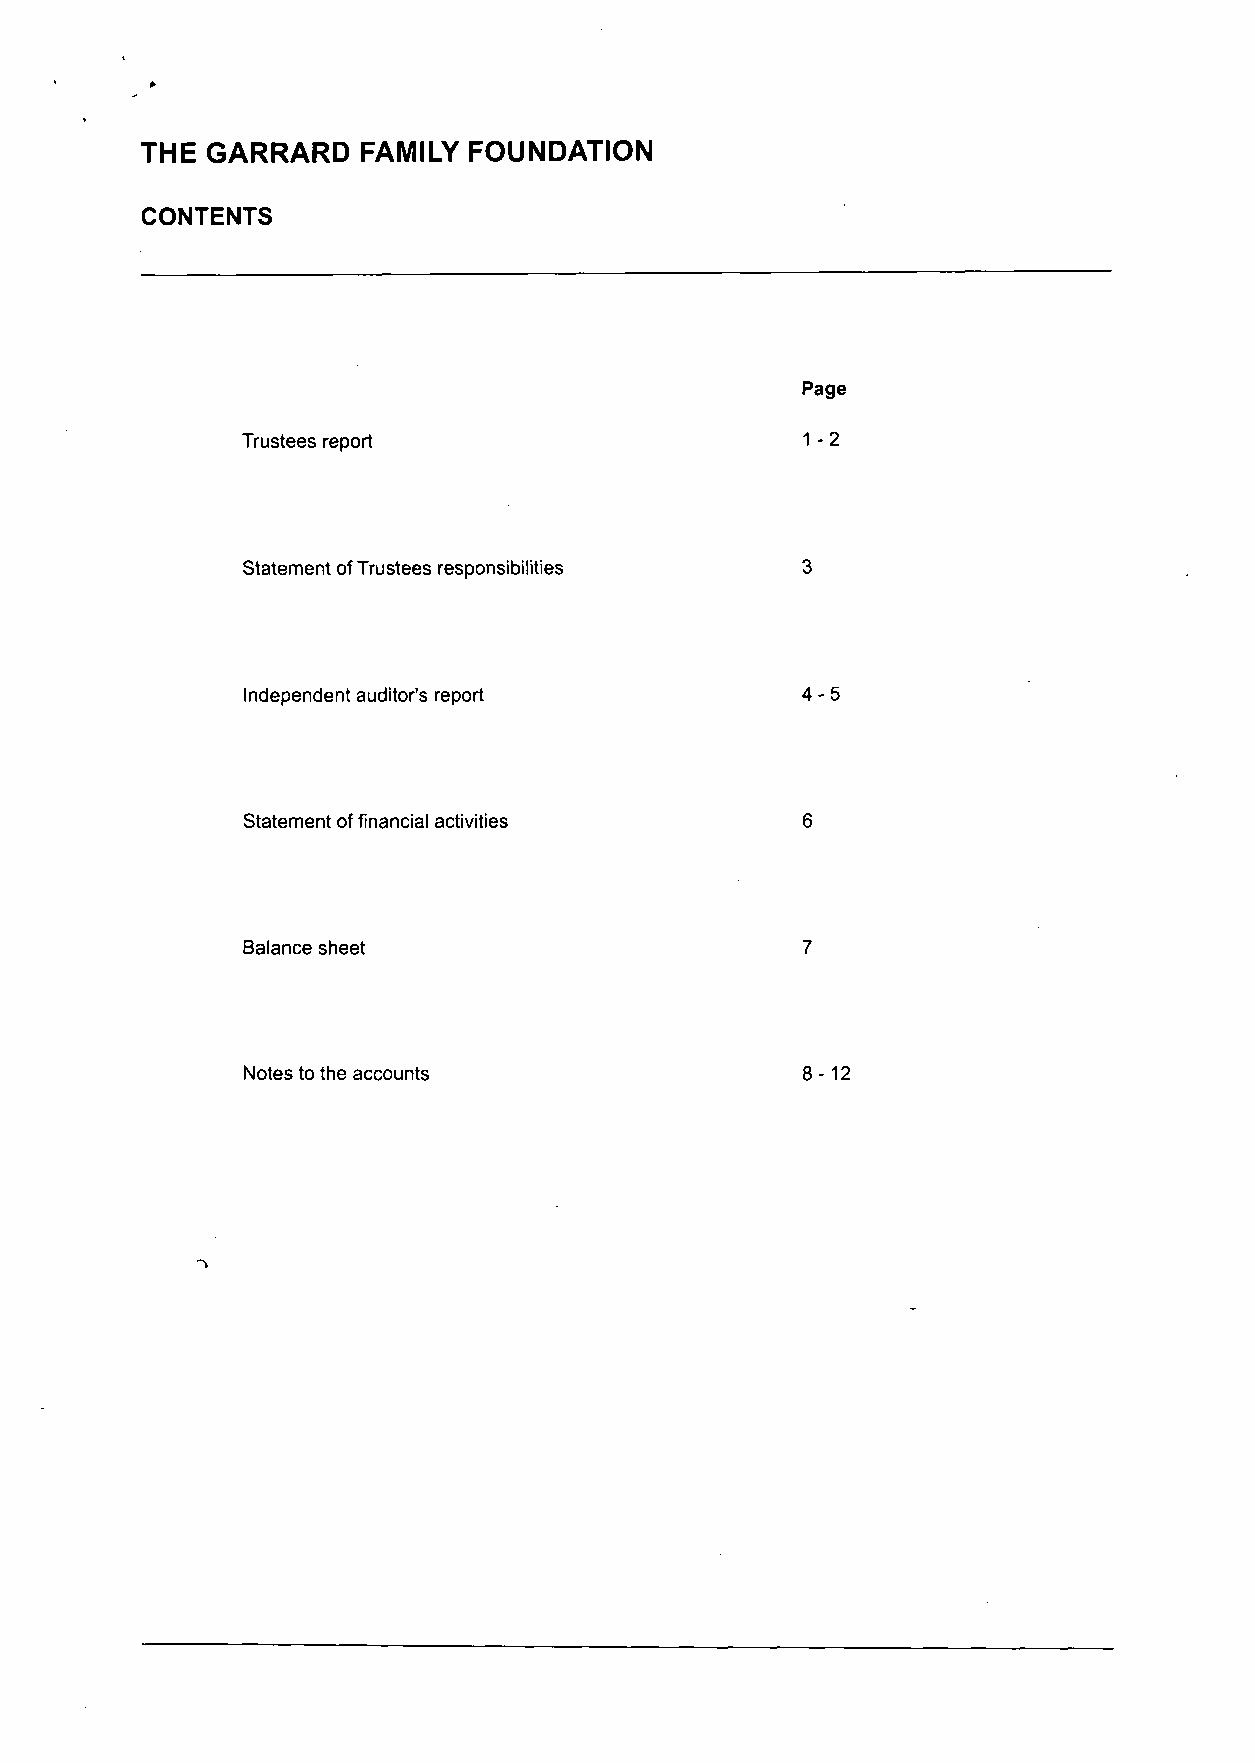
THE  GARRARD   FAMILY FOUNDATION
 CONTENTS
 Page
 1-2
 Trustees report
 Statement ofTrustees responsibilities
 4-5
 Independent auditor's report
 Statement offinancial activities
 Balance sheet
 8-12
 Notes to the accounts